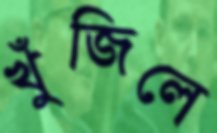
খুঁজিলে